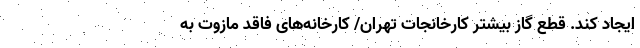
ایجاد کند. قطع گاز بیشتر کارخانجات تهران/ کارخانه‌های فاقد مازوت به